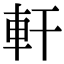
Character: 軒